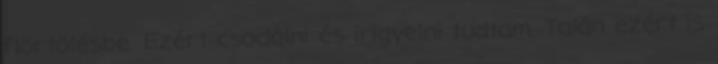
flörtölésbe. Ezért csodálni és irigyelni tudtam. Talán ezért is